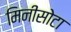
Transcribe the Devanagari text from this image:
मिनीसोटा